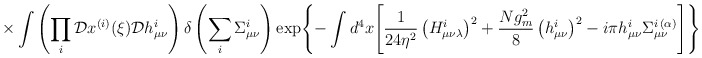
\begin{align*}\times\int\left(\prod\limits_{i}^{}{\cal D}x^{(i)}(\xi){\cal D}h_{\mu\nu}^i\right)\delta\left(\sum\limits_{i}^{}\Sigma_{\mu\nu}^i\right)\exp\Biggl\{-\int d^4x\Biggl[\frac{1}{24\eta^2}\left(H_{\mu\nu\lambda}^i\right)^2+\frac{Ng_m^2}{8}\left(h_{\mu\nu}^i\right)^2-i\pi h_{\mu\nu}^i\Sigma_{\mu\nu}^{i{\,}(\alpha)}\Biggr]\Biggr\}.\end{align*}